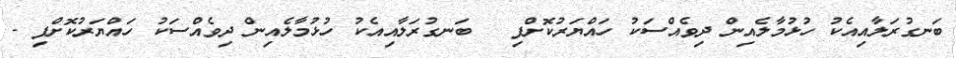
ބަނގުރަލާއިއެކު ހުޅުމާލެއިން ދިވެއްސަކު ހައްޔަރުކޮށްފި  	ބަނގުރަލާއިއެކު ހުޅުމާލެއިން ދިވެއްސަކު ހައްޔަރުކޮށްފި -